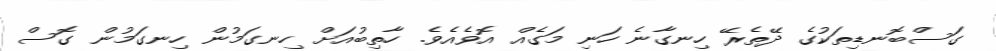
ގަސްބޮނޑިތަކުގެ ދޭތެރޭ ހިނގާނެ ހަނި މަގެއް އޮވެއެވެ. ހާތިބުއަށް ހިނގަމުން ހިނގަމުން ގޮސް